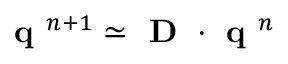
\textbf { q } ^ { n + 1 } \simeq \textbf { D } \cdot \textbf { q } ^ { n }